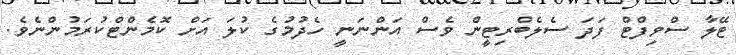
ޓޭލާ ސްވިފްޓް ފަދަ ސެލެބްރިޓީން ވެސް އަންނަނީ ހެދުމުގެ ކުލަ އަށް ކޮމެންޓްކުރަމުންނެވެ.